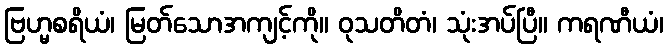
ဗြဟ္မစရိယံ၊ မြတ်သောအကျင့်ကို။ ဝုသတိတံ၊ သုံးအပ်ပြီ။ ကရဏီယံ၊